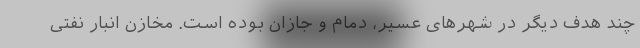
چند هدف دیگر در شهرهای عسیر، دمام و جازان بوده است. مخازن انبار نفتی